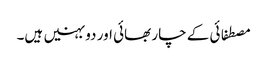
مصطفائی کے چار بھائی اور دو بہنیں ہیں۔